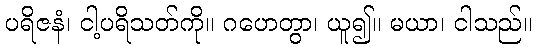
ပရိဇနံ၊ ငါ့ပရိသတ်ကို။ ဂဟေတွာ၊ ယူ၍။ မယာ၊ ငါသည်။